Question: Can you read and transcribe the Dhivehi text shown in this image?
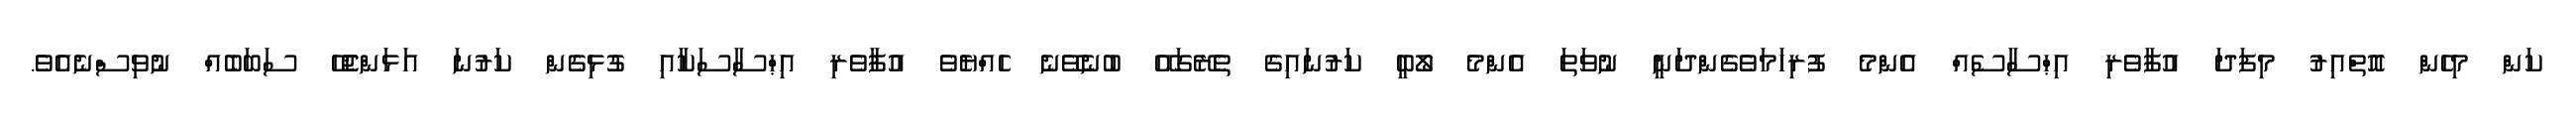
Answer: ކަން މިހެން އޮތްއިރު މިފަދަ އުފާވެރި އިޙްސާސެއް އެންމެ ފުރިހަމަވެގެންދަނީ ނުވަތަ އެންމެ ލޯބީ ކަރުނައިގެ ތެރޭގައޭ ބުނެވޭނެ ހެއްޔެވެ އުފާވެރި އިޙްސާސަކާއި ގުޅިގެން ކަރުނަ އަޅަންޖެހޭ ސަބަބެއް ނުވިސްނެއެވެ.